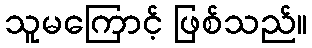
သူမကြောင့် ဖြစ်သည်။